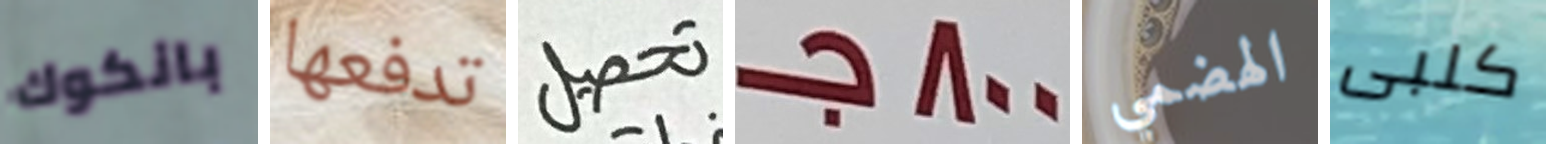
بانكوك تدفعها تحصيل 800جـ الهضمي كلبى